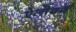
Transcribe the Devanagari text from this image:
ऐलोवर्ग